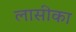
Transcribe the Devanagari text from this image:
लासीका